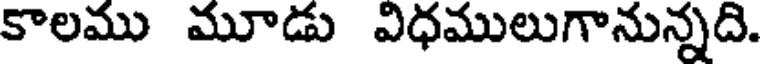
కాలము మూడు విధములుగానున్నది.